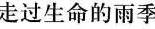
走过生命的雨季